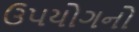
ઉપયોગનો